system: You are a helpful assistant.
user:
Analyze the provided spectrum to determine if it is a **"Cataclysmic Variables (CV)"**.

- **Key Indicators for CV (Check for either state):**
    - **State 1: Quiescent / Low-State (Emission-Dominated)**
        - **(Primary):** Strong and *very broad* Hydrogen Balmer emission lines (e.g., $H\alpha$ at 6563 Å, $H\beta$ at 4861 Å). The 'broadness' (high velocity dispersion, often FWHM > 1000 km/s) is the key diagnostic, indicating a high-velocity accretion disk.
        - **(Secondary):** Broad neutral Helium (He I) emission lines (e.g., 5876 Å, 6678 Å).
        - **(Key Confirmation):** Presence of high-excitation *ionized* Helium (He II) emission at 4686 Å. This is a strong indicator of accretion onto a white dwarf.
        - **(Line Profile):** Emission lines may exhibit a 'double-peaked' profile, which is a classic signature of a rotating accretion disk viewed at high inclination.

    - **State 2: Outburst / High-State (Absorption-Dominated)**
        - **(Primary):** Spectrum is dominated by a bright, blue continuum (looks like a hot star).
        - **(Secondary):** The emission lines from State 1 are weak, absent, or 'filled in', and are replaced by broad, shallow *absorption* lines (primarily Balmer and He I).
        - **(Morphology):** The overall spectrum mimics a hot B/A-type star. The crucial difference is that the absorption lines are significantly broader, shallower, and more 'washed-out' (or 'smeared') than the sharp lines of a normal stellar photosphere, due to high rotational speeds and pressure broadening in the disk.

Think first, call **spectral_visualization_tool** if needed to examine features in detail, then provide your final answer. Your response must adhere to the following strict rules:
1.  **Overall Structure:** Your response must follow the format `<think>...</think> <tool_call>...</tool_call> (if a tool is used) <answer>...</answer>`.
2.  **Tool Usage Constraint:** You may only make **one** tool call per turn.
3.  **Final Answer Format:** In the `<answer>` tag, your conclusion must be inside a `\boxed{}` command (e.g., `\boxed{YES}`), followed by your justification.

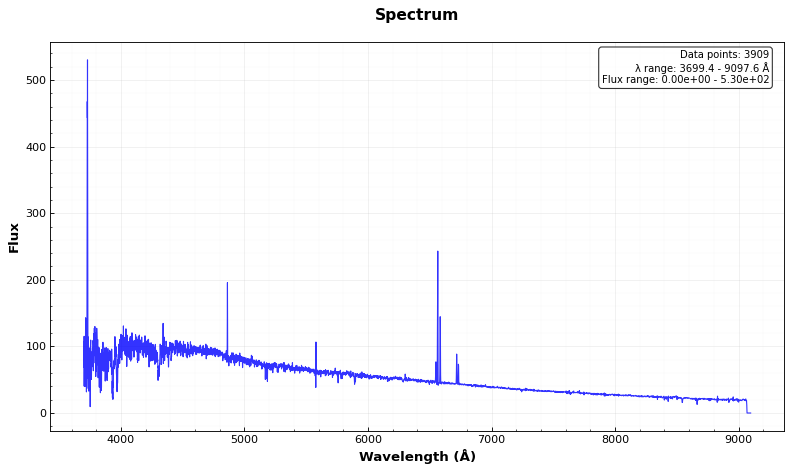
Answer: NO